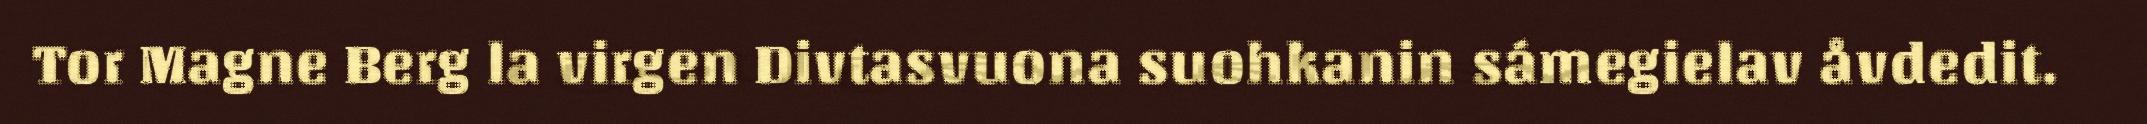
Tor Magne Berg la virgen Divtasvuona suohkanin sámegielav åvdedit.